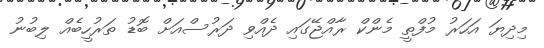
މިދިޔަ އަހަރު މުފްތީ މެންކް ރާއްޖޭގައި ދެއްވި ދަރުސްއަށް ބޮޑު ތަރުހީބެއް ލިބުނު